Leaving Certificate Examination (including Day School Certificate (Higher) General paper), 1934
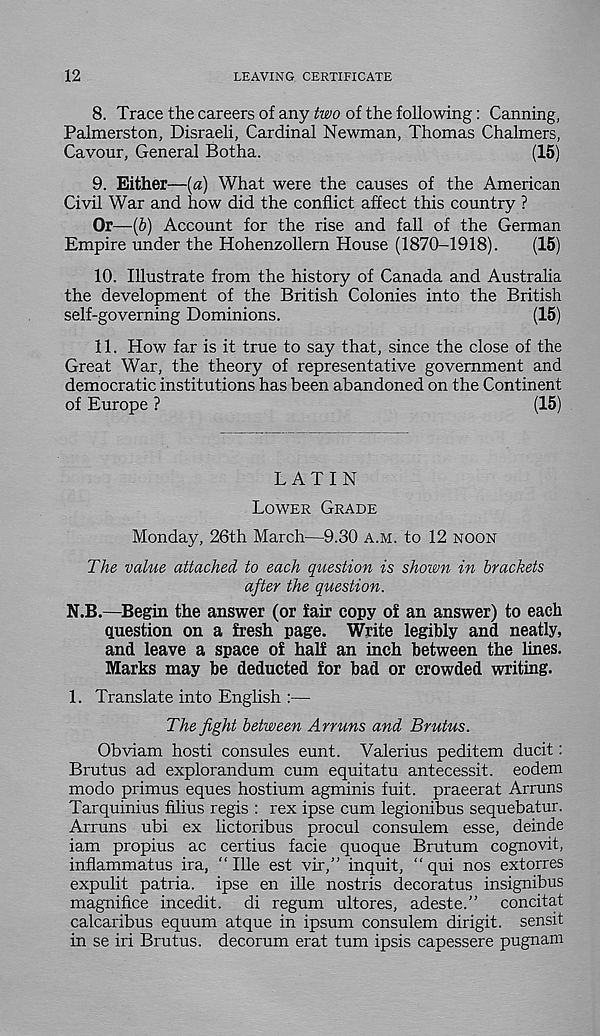
12
LEAVING CERTIFICATE
8. Trace the careers of any two of the following: Canning,
Palmerston, Disraeli, Cardinal Newman, Thomas Chalmers,
Cavour, General Botha.
(15)
9. Either—(«) What were the causes of the American
Civil War and how did the conflict affect this country ?
Or—(b) Account for the rise and fall of the German
Empire under the Hohenzollern House (1870-1918).
(15)
10. Illustrate from the history of Canada and Australia
the development of the British Colonies into the British
self-governing Dominions.
(15)
11. How far is it true to say that, since the close of the
Great War, the theory of representative government and
democratic institutions has been abandoned on the Continent
of Europe ?
(15)
LATIN
LOWER GRADE
Monday, 26th March—9.30 A.M. to 12 NOON
The value attached to each question is shown in brackets
after the question.
N.B.—Begin the answer (or fair copy of an answer) to each
question on a fresh page. Write legibly and neatly,
and leave a space of half an inch between the lines.
Marks may be deducted for bad or crowded writing.
1. Translate into English :—
The fight between Arruns and Brutus.
Obviam hosti consules eunt. Valerius peditem ducit:
Brutus ad explorandum cum equitatu antecessit. eodem
modo primus eques hostium agminis fuit. praeerat Arruns
Tarquinius filius regis : rex ipse cum legionibus sequebatur.
Arruns ubi ex lictoribus procul consulem esse, deinde
iam propius ac certius facie quoque Brutum cognovit,
inflammatus ira, “ Hie est vir,” inquit, “ qui nos extorres
expulit patria. ipse en ille nostris decoratus insignibus
magnifice incedit. di regum ultores, adeste.” concitat
calcaribus equum atque in ipsum consulem dirigit. sensit
in se iri Brutus, decorum erat turn ipsis capessere pugnam